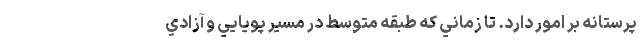
پرستانه بر امور دارد. تا زماني كه طبقه متوسط در مسير پويايي و آزادي